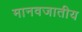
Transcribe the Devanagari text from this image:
मानवजातीय